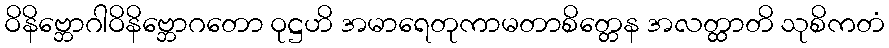
ဝိနိဗ္ဘောဂါဝိနိဗ္ဘောဂတော ဝုဋ္ဌဟိ အမာရေတုကာမတာစိတ္တေန အလတ္ထာတိ သုစိကတံ